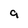
Character: 9